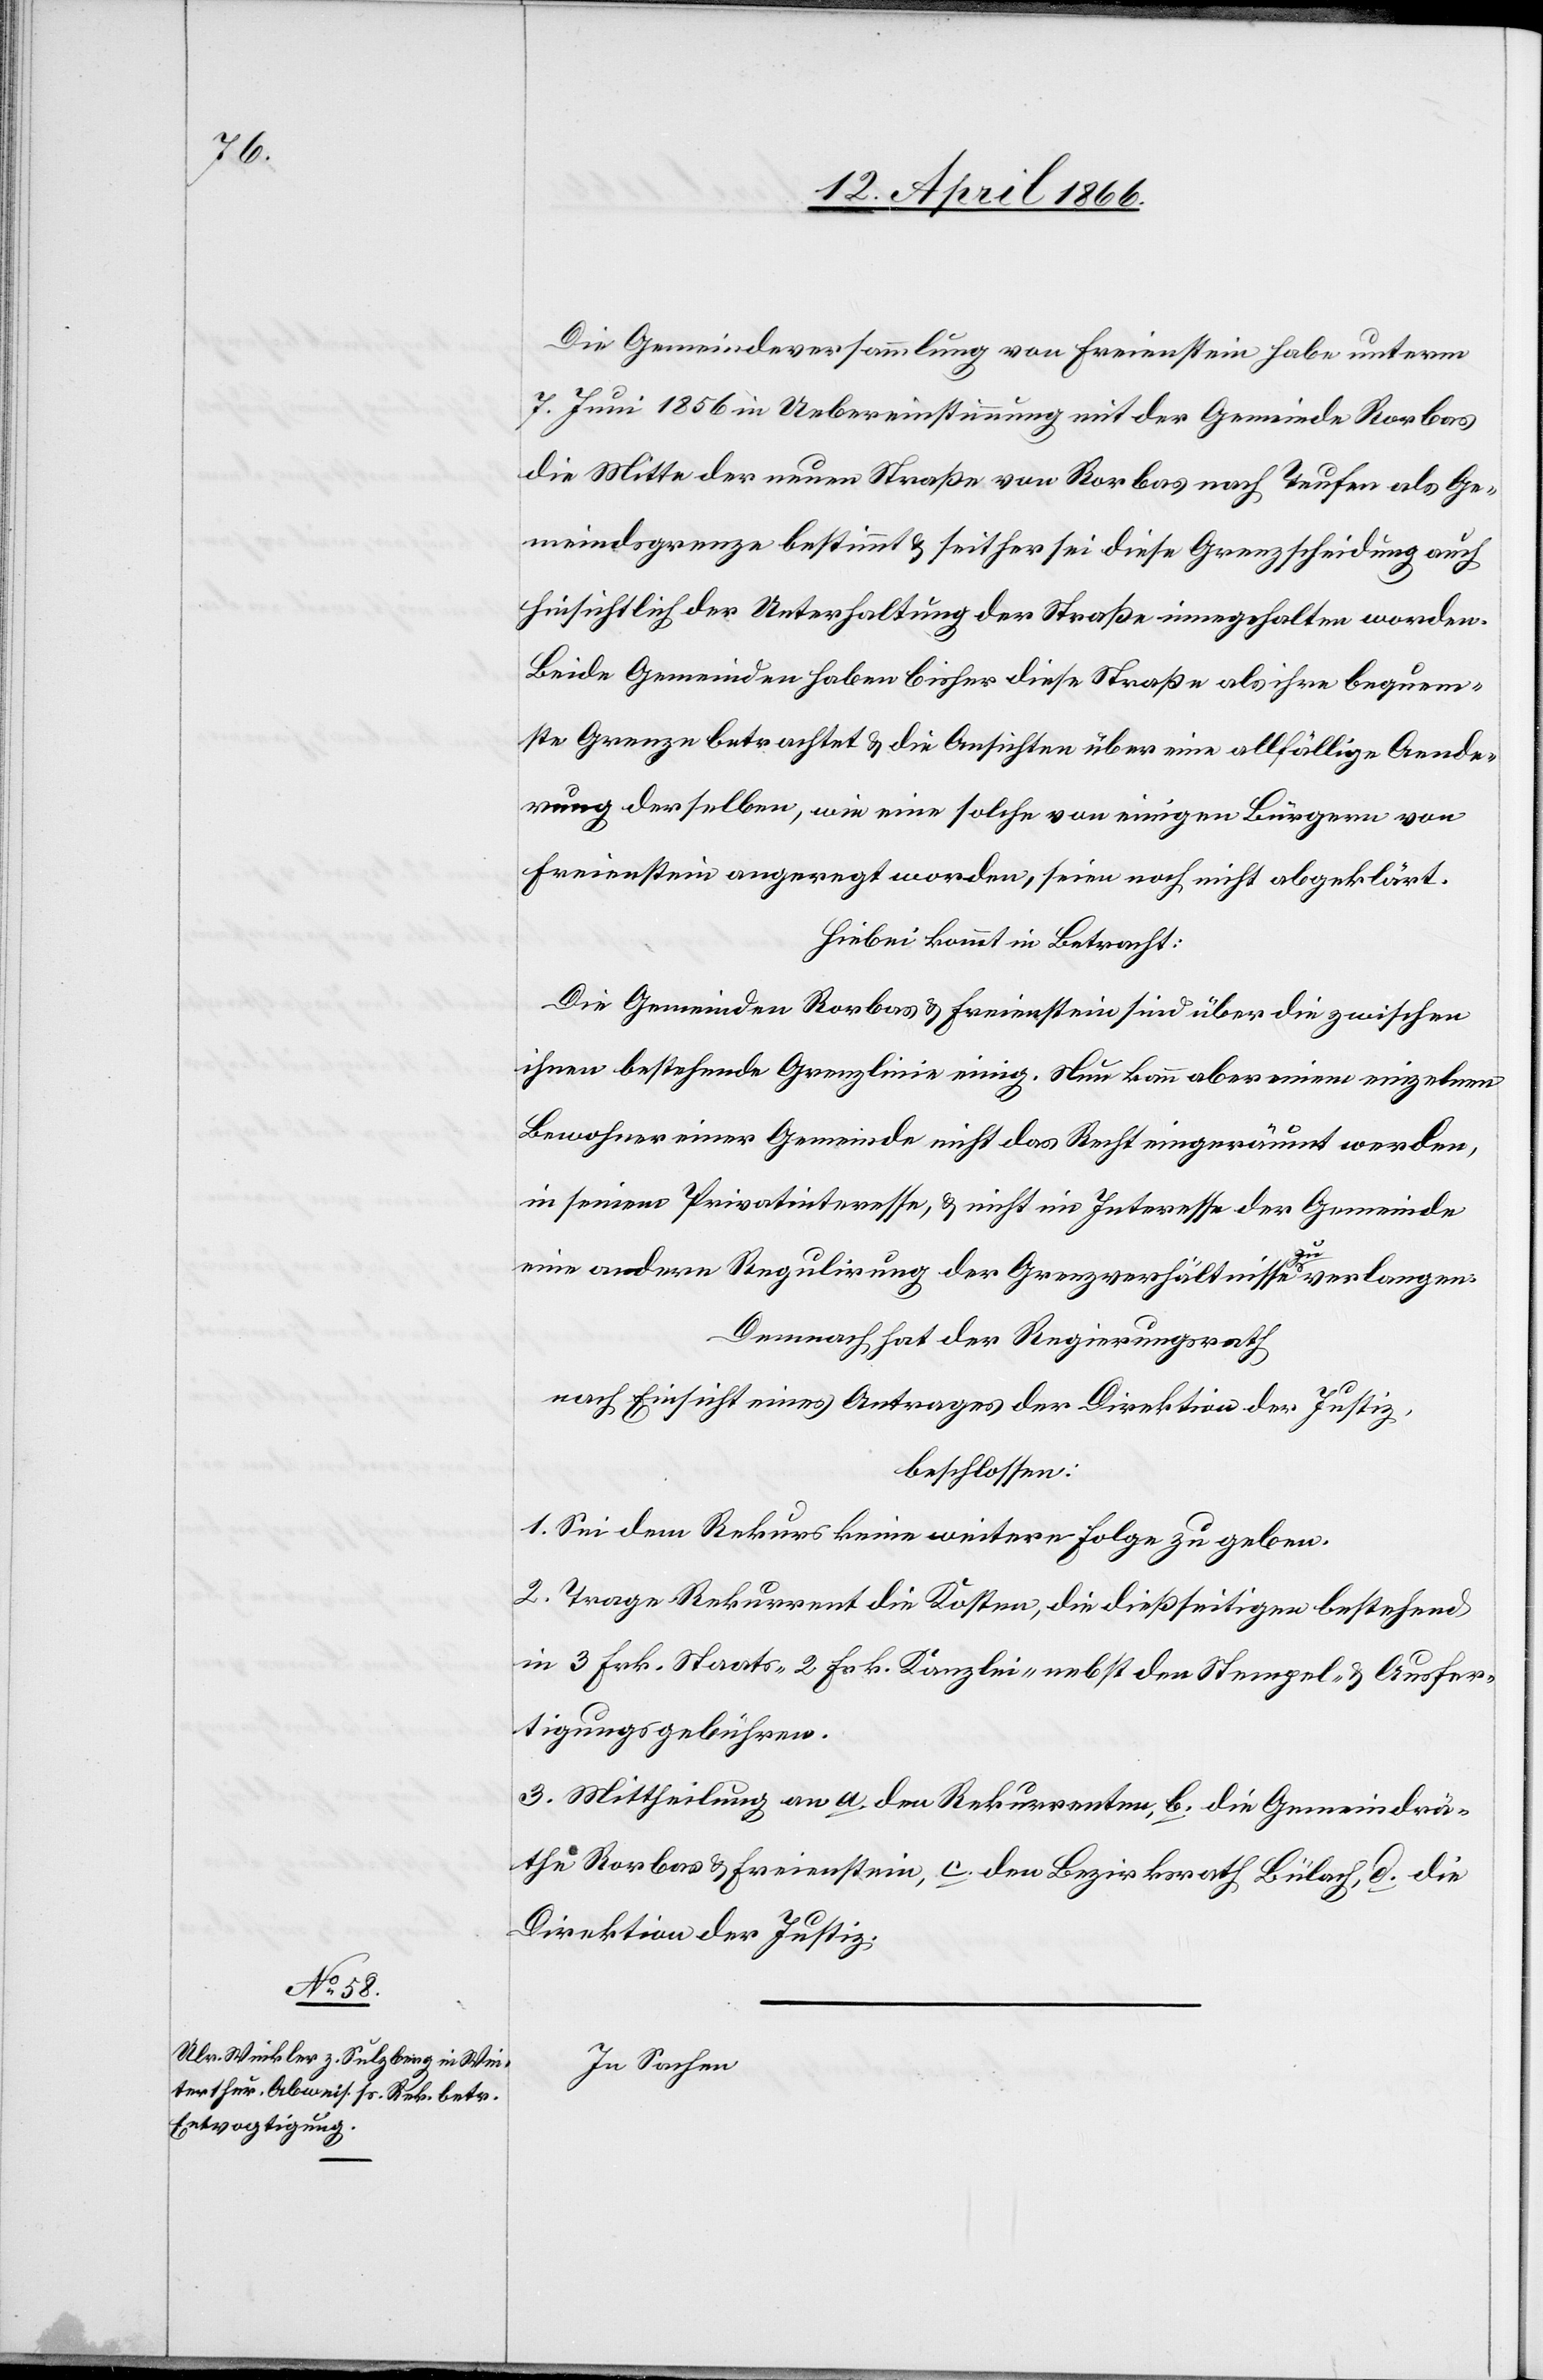
Die Gemeindeversammlung von Freienstein habe unterm
7. Juni 1856 in Uebereinstimmung mit der Gemeinde Rorbas
die Mitte der neuen Straße von Rorbas nach Teufen als Ge¬
meindsgrenze bestimmt u. seither sei diese Grenzscheidung auch
hinsichtlich der Unterhaltung der Straße innegehalten worden.
Beide Gemeinden haben bisher diese Straße als ihre bequem¬
ste Grenze betrachtet u. die Ansichten über eine allfällige Aende¬
rung derselben, wie eine solche von einigen Bürgern von
Freienstein angeregt worden, seien noch nicht abgeklärt.
Hiebei kommt in Betracht:
Die Gemeinden Rorbas u. Freienstein sind über die zwischen
ihnen bestehende Grenzlinie einig. Nun kann aber einem Bewohner
in seinem Privatinteresse, u. nicht im Interesse der Gemeinde
eine andere Regulirung der Grenzverhältnisse zu verlangen.
Demnach hat der Regierungsrath,
nach Einsicht eines Antrages der Direktion der Justiz,
beschlossen:
1. Sei dem Rekurs keine weitere Folge zu geben.
2. Trage Rekurrent die Kosten, die dießseitigen bestehend
in 3 Frk. Staats-, 2 Frk. Kanzlei- nebst den Stempel- u. Ausfer¬
tigungsgebühren.
3. Mittheilung an a. den Rekurrenten, b. die Gemeindrä¬
the Rorbas u. Freienstein, c. den Bezirksrath Bülach, d. die
Direktion der Justiz.
In Sachen